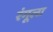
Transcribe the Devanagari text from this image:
रंगूला